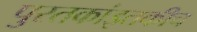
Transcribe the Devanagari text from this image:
पुस्तकांइतकीच